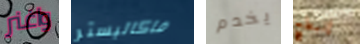
واغنر ماكاليستر يخدم إنبطح